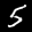
Label: 5